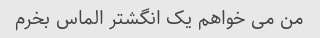
من می خواهم یک انگشتر الماس بخرم